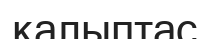
қалыптас